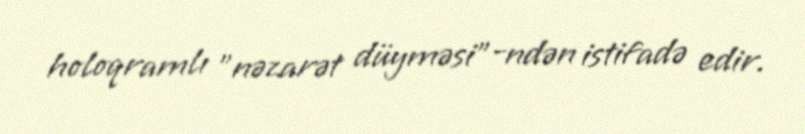
holoqramlı "nəzarət düyməsi"-ndən istifadə edir.